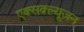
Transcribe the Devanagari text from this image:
एक्सक्ल्यूज़न